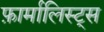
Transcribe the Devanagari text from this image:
फ़ार्मालिस्ट्स